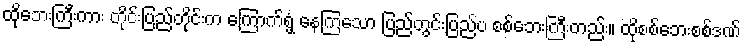
ထိုဘေးကြီးကား တိုင်းပြည်တိုင်းက ကြောက်ရွံ့ နေကြသော ပြည်တွင်းပြည်ပ စစ်ဘေးကြီးတည်း။ ထိုစစ်ဘေးစစ်ဒဏ်